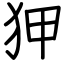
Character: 狎